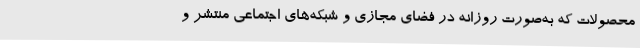
محصولات که به‌صورت روزانه در فضای مجازی و شبکه‌های اجتماعی منتشر و